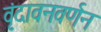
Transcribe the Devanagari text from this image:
वृंदावनवर्णन